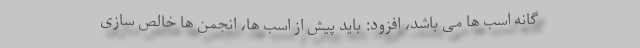
گانه اسب ها می باشد، افزود: باید پیش از اسب ها، انجمن ها خالص سازی